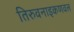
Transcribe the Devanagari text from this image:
तिरुवनाइकणवल